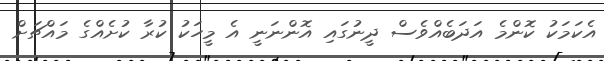
އެކަމަކު ކޮންމެ އަދަބެއްވެސް ދީނުގައި އޮންނަނީ އެ މީހަކު ކުރާ ކުށެއްގެ މައްޗަށް